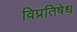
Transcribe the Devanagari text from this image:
विप्रतिषेध